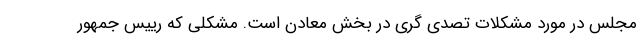
مجلس در مورد مشکلات تصدی گری در بخش معادن است. مشکلی که رییس جمهور